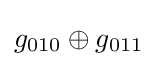
g_{010}\oplus g_{011}